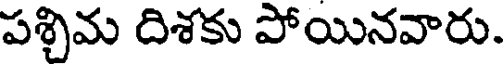
పశ్చిమ దిశకు పోయినవారు.